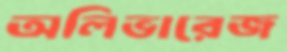
অলিভারেজ